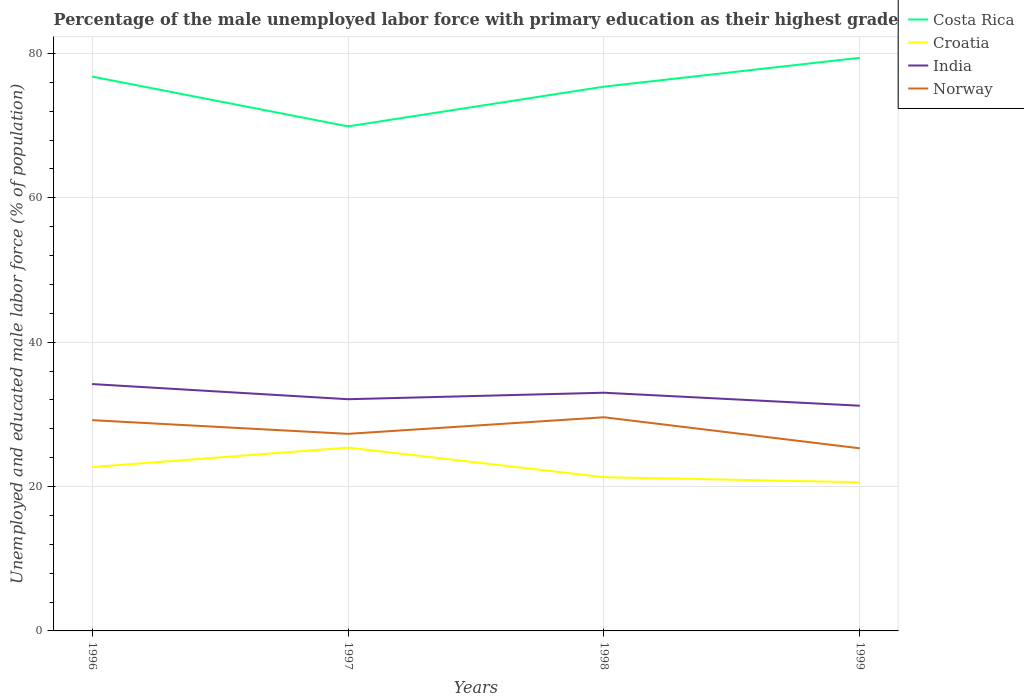
| Years | Costa Rica | Croatia | India | Norway |
 | --- | --- | --- | --- | --- |
 | 1996 | 76.8 | 22.7 | 34.2 | 29.2 |
 | 1997 | 69.9 | 25.4 | 32.1 | 27.3 |
 | 1998 | 75.4 | 21.3 | 33 | 29.6 |
 | 1999 | 79.4 | 20.6 | 31.2 | 25.3 |